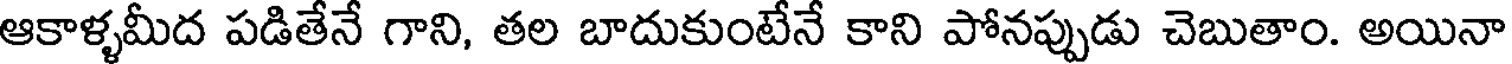
ఆకాళ్ళమీద పడితేనే గాని, తల బాదుకుంటేనే కాని పోనప్పుడు చెబుతాం. అయినా